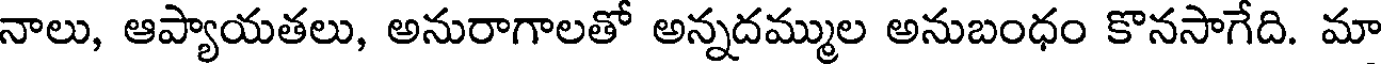
నాలు, ఆప్యాయతలు, అనురాగాలతో అన్నదమ్ముల అనుబంధం కొనసాగేది. మా